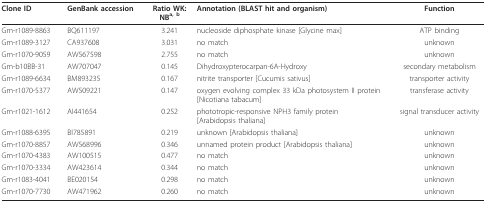
<table><thead><tr><td><b>Clone ID</b></td><td><b>GenBank accession</b></td><td><b>Ratio WK:NB<sup>a, b</sup></b></td><td><b>Annotation (BLAST hit and organism)</b></td><td><b>Function</b></td></tr></thead><tbody><tr><td>Gm-r1089-8863</td><td>BQ611197</td><td>3.241</td><td>nucleoside diphosphate kinase [Glycine max]</td><td>ATP binding</td></tr><tr><td>Gm-r1089-3127</td><td>CA937608</td><td>3.031</td><td>no match</td><td>unknown</td></tr><tr><td>Gm-r1070-9059</td><td>AW567598</td><td>2.755</td><td>no match</td><td>unknown</td></tr><tr><td>Gm-b10BB-31</td><td>AW707047</td><td>0.145</td><td>Dihydroxypterocarpan-6A-Hydroxy</td><td>secondary metabolism</td></tr><tr><td>Gm-r1089-6634</td><td>BM893235</td><td>0.167</td><td>nitrite transporter [Cucumis sativus]</td><td>transporter activity</td></tr><tr><td>Gm-r1070-5377</td><td>AW509221</td><td>0.147</td><td>oxygen evolving complex 33 kDa photosystem II protein [Nicotiana tabacum]</td><td>transferase activity</td></tr><tr><td>Gm-r1021-1612</td><td>AI441654</td><td>0.252</td><td>phototropic-responsive NPH3 family protein [Arabidopsis thaliana]</td><td>signal transducer activity</td></tr><tr><td>Gm-r1088-6395</td><td>BI785891</td><td>0.219</td><td>unknown [Arabidopsis thaliana]</td><td>unknown</td></tr><tr><td>Gm-r1070-8857</td><td>AW568996</td><td>0.346</td><td>unnamed protein product [Arabidopsis thaliana]</td><td>unknown</td></tr><tr><td>Gm-r1070-4383</td><td>AW100515</td><td>0.477</td><td>no match</td><td>unknown</td></tr><tr><td>Gm-r1070-3334</td><td>AW423614</td><td>0.344</td><td>no match</td><td>unknown</td></tr><tr><td>Gm-r1083-4041</td><td>BE020154</td><td>0.298</td><td>no match</td><td>unknown</td></tr><tr><td>Gm-r1070-7730</td><td>AW471962</td><td>0.260</td><td>no match</td><td>unknown</td></tr></tbody></table>